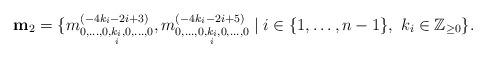
LaTeX: \begin{align*}{\bf m}_{2} =\{ m^{(-4k_{i}-2i+3)}_{0,\ldots, 0,\underset{i}{k_{i}},0, \ldots, 0}, m^{(-4k_{i}-2i+5)}_{0,\ldots, 0,\underset{i}{k_{i}},0, \ldots, 0} \mid i\in \{1,\ldots,n-1\}, \ k_{i} \in \mathbb{Z}_{\geq0} \}.\end{align*}